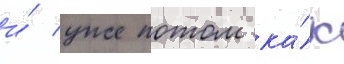
и́ уже потом ка́к